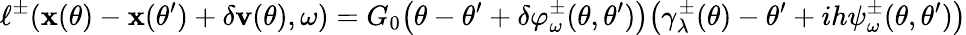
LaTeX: \ell^{\pm}(\mathbf x(\theta)-\mathbf x(\theta^{\prime})+\delta\mathbf v(\theta),\omega)=G_{0}\big(\theta-\theta^{\prime}+\delta\varphi_{\omega}^{\pm}(\theta,\theta^{\prime})\big)\big(\gamma_{\lambda}^{\pm}(\theta)-\theta^{\prime}+ih\psi_{\omega}^{\pm}(\theta,\theta^{\prime})\big)